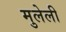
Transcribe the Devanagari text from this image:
मुलेली